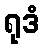
ရုဒံ